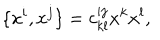
LaTeX: \{ x ^ { i } , x ^ { j } \} = c _ { k l } ^ { i j } x ^ { k } x ^ { l } ,